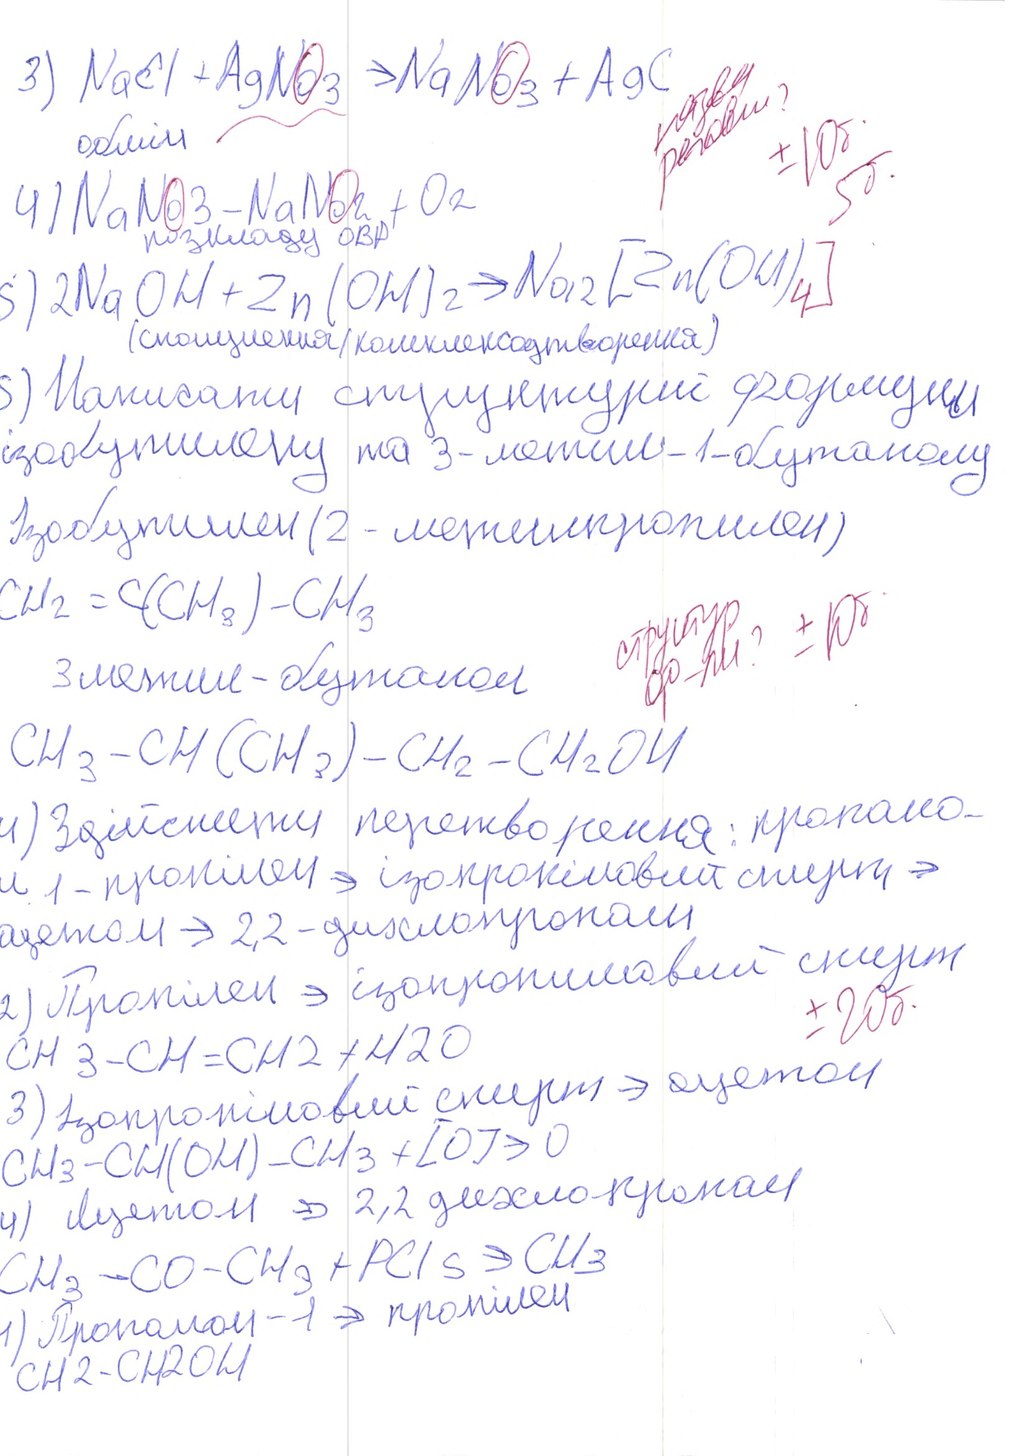
3) NaCl + AgNO3 → NaNO3 + AgC
назва рекви?
± 10 б 5 б
обмін
4) NaNO3 - NaNO2 + O2
розкладу ОВР
5) 2NaOH + Zn(OH)2 → Na2[Zn(OH)
4]
(сполучення/комплексоутворення)
5) Написати структурні формули
ізобутилену та 3-метил-1-бутанолу
Ізобутилен (2-метилпропилен)
CH2 = C(CH3) - CH3
структур
ф-ли? ± 10
3 метил - бутанол
CH3-CH(CH3)-CH2-CH2OH
4) Здійснити перетворення: пропано-
л 1-пропілен → ізопропіловий спирт →
ацетон -> 2,2-дихлорпропан
2) Пропілен -> ізопропиновий спирт
± 20б.
CH3-CH=CH2 + H2O
3) ізопропиновий спирт ->  оцетон
CH3-CH(OH)-CH3 + [O] -> O
4) ацетон -> 2,2 дихлорпропан
CH3-CO-CH3 + PCl5 -> CH3
4) Пропан -1 -> пропілен
CH2-CH2OH